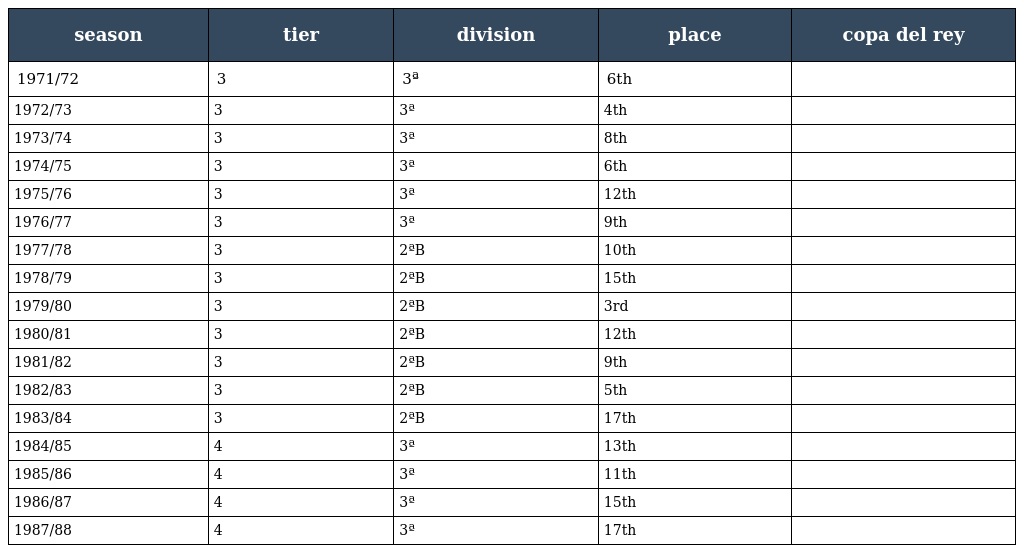
| season | tier | division | place | copa del rey |
 | --- | --- | --- | --- | --- |
 | 1971/72 | 3 | 3ª | 6th |  |
 | 1972/73 | 3 | 3ª | 4th |  |
 | 1973/74 | 3 | 3ª | 8th |  |
 | 1974/75 | 3 | 3ª | 6th |  |
 | 1975/76 | 3 | 3ª | 12th |  |
 | 1976/77 | 3 | 3ª | 9th |  |
 | 1977/78 | 3 | 2ªB | 10th |  |
 | 1978/79 | 3 | 2ªB | 15th |  |
 | 1979/80 | 3 | 2ªB | 3rd |  |
 | 1980/81 | 3 | 2ªB | 12th |  |
 | 1981/82 | 3 | 2ªB | 9th |  |
 | 1982/83 | 3 | 2ªB | 5th |  |
 | 1983/84 | 3 | 2ªB | 17th |  |
 | 1984/85 | 4 | 3ª | 13th |  |
 | 1985/86 | 4 | 3ª | 11th |  |
 | 1986/87 | 4 | 3ª | 15th |  |
 | 1987/88 | 4 | 3ª | 17th |  |